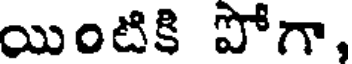
యింటికి పోగా,